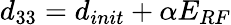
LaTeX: d_{33}=d_{init}+\alpha E_{RF}